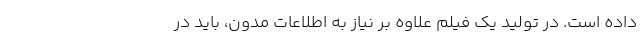
داده است. در تولید یک فیلم علاوه بر نیاز به اطلاعات مدون، باید در